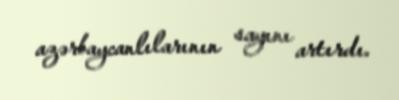
azərbaycanlılarının sayını artırdı.